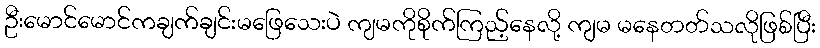
ဦးမောင်မောင်ကချက်ချင်းမဖြေသေးပဲ ကျမကိုစိုက်ကြည့်နေလို့ ကျမ မနေတတ်သလိုဖြစ်ပြီး